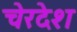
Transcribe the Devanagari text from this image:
चेरदेश